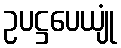
ဥပဋ္ဌပေယျုံ